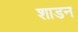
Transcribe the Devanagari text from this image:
शाडन